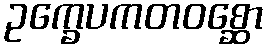
ဥက္ခေပကတဝစ္ဆော